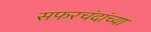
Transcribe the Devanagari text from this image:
सफरचंदांच्या